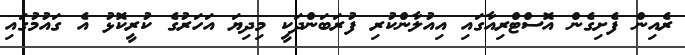
ރެއިން ފެށިގެން އޮސްޓްރިއާގައި އިއުލާންކުރި ފުރަބަންދަކީ މިދިޔަ އަހަރުގެ ކުރީކޮޅު އެ ގައުމުގައި